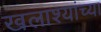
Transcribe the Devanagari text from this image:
खलाश्यांच्या